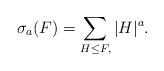
LaTeX: \begin{align*} \sigma_a(F)=\sum_{\substack{H\leq F,\\ }}|H|^a.\end{align*}